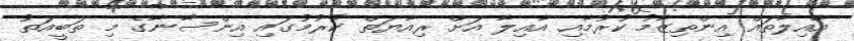
އާއިލާތައް އިންތިޒާމު ކުރުމާއި އާއިލާ އަށް ރިއާޔަތް ކުރުމުގައި އިންސާނާގެ މި ތަބީއަތު